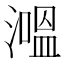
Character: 𰝕